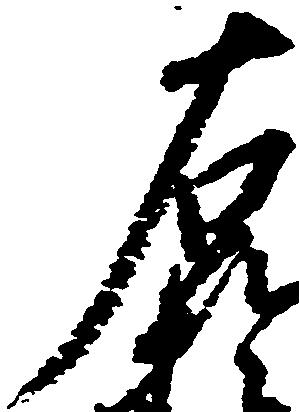
右